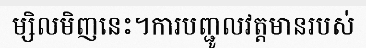
ម្សិលមិញនេះ។ការបញ្ជូលវត្តមានរបស់